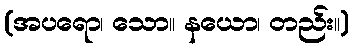
(အပရော၊ သော။ နယော၊ တည်း။)